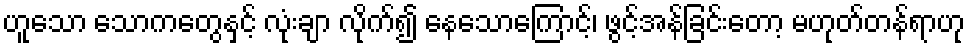
ဟူသော သောကတွေနှင့် လုံးချာ လိုက်၍ နေသောကြောင့်၊ ဖွင့်အန်ခြင်းတော့ မဟုတ်တန်ရာဟု